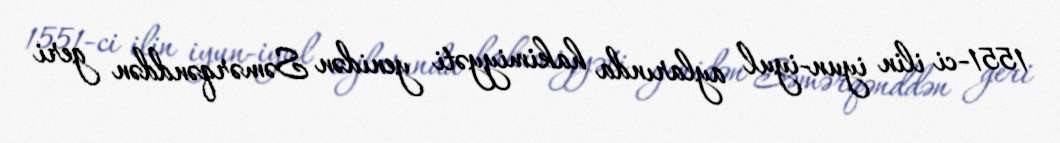
1551-ci ilin iyun-iyul aylarında hakimiyyəti yenidən Səmərqənddən geri